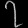
Digit: ၇